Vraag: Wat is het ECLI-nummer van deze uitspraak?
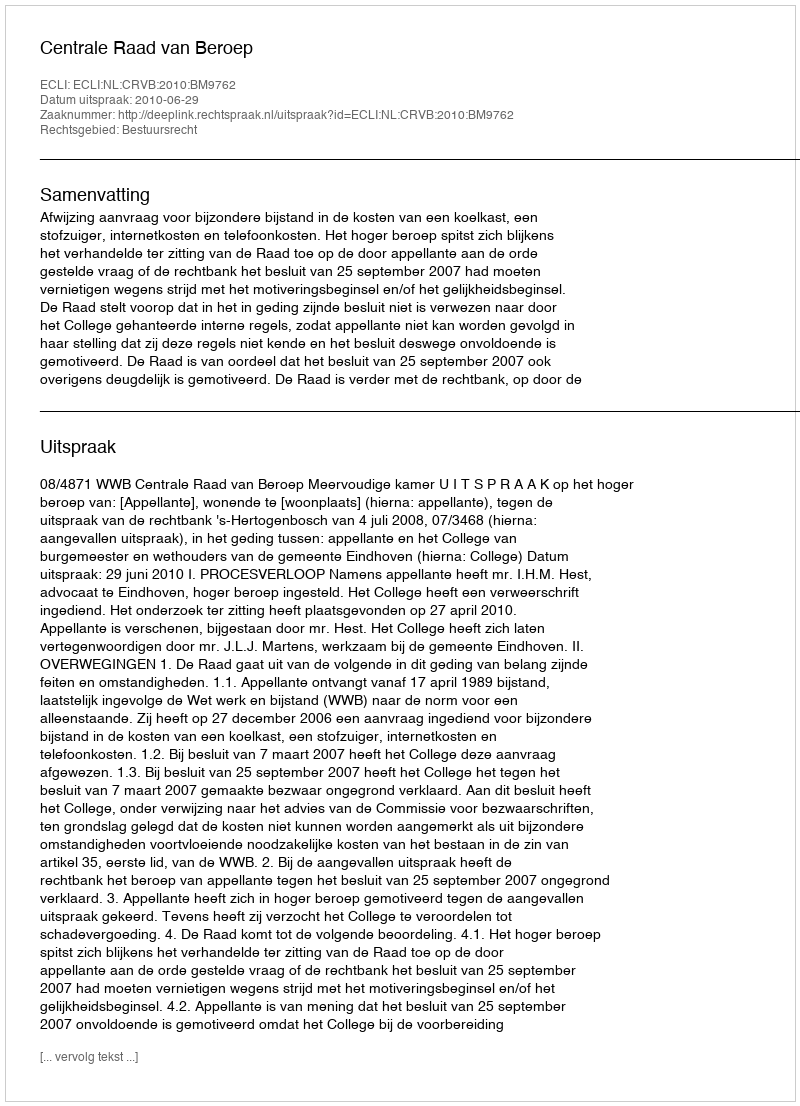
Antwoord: ECLI:NL:CRVB:2010:BM9762